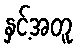
နှင့်အတူ